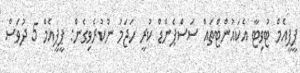
ޕީޕީއެމް ޓުވިޓާ އެކައުންޓްތައް ސަސްޕެންޑް ކުރީ ހަޖަމު ނުކުރެވިގެން: ޕީޕީއެމް 5 ދުވަސް